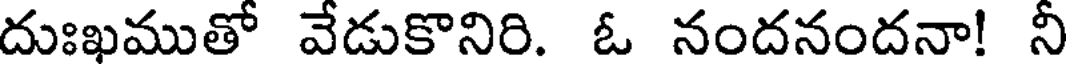
దుఃఖముతో వేడుకొనిరి. ఓ నందనందనా! నీ